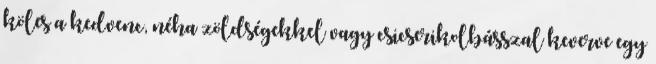
köles a kedvenc, néha zöldségekkel vagy csicserikolbásszal keverve egy